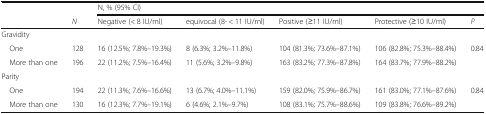
<table><thead><tr><td colspan="2"></td><td colspan="5"><b>N, % (95% CI)</b></td></tr><tr><td></td><td><b><i>N</i></b></td><td><b>Negative (&lt; 8 IU/ml)</b></td><td><b>equivocal (8- &lt; 11 IU/ml)</b></td><td><b>Positive (≥11 IU/ml)</b></td><td><b>Protective (≥10 IU/ml)</b></td><td><b><i>P</i></b></td></tr></thead><tbody><tr><td colspan="7">Gravidity</td></tr><tr><td> One</td><td>128</td><td>16 (12.5%; 7.8%–19.3%)</td><td>8 (6.3%; 3.2%–11.8%)</td><td>104 (81.3%; 73.6%–87.1%)</td><td>106 (82.8%; 75.3%–88.4%)</td><td>0.84</td></tr><tr><td> More than one</td><td>196</td><td>22 (11.2%; 7.5%–16.4%)</td><td>11 (5.6%; 3.2%–9.8%)</td><td>163 (83.2%; 77.3%–87.8%)</td><td>164 (83.7%; 77.9%–88.2%)</td><td></td></tr><tr><td colspan="7">Parity</td></tr><tr><td> One</td><td>194</td><td>22 (11.3%; 7.6%–16.6%)</td><td>13 (6.7%; 4.0%–11.1%)</td><td>159 (82.0%; 75.9%–86.7%)</td><td>161 (83.0%; 77.1%–87.6%)</td><td>0.84</td></tr><tr><td> More than one</td><td>130</td><td>16 (12.3%; 7.7%–19.1%)</td><td>6 (4.6%; 2.1%–9.7%)</td><td>108 (83.1%; 75.7%–88.6%)</td><td>109 (83.8%; 76.6%–89.2%)</td><td></td></tr></tbody></table>